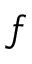
f